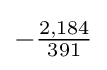
-{\tfrac {2,184}{391}}